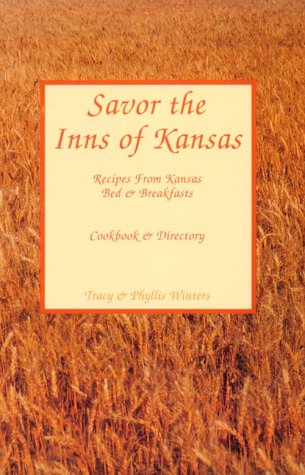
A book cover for Savor the Inns of Kansas Recipes from Kansas Bed & Breakfasts, Cookbook & Directory; Tracy Winters; Travel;